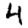
Digit: 4